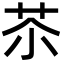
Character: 苶